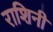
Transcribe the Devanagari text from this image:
राशिनी